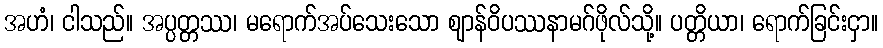
အဟံ၊ ငါသည်။ အပ္ပတ္တဿ၊ မရောက်အပ်သေးသော ဈာန်ဝိပဿနာမဂ်ဖိုလ်သို့။ ပတ္တိယာ၊ ရောက်ခြင်းငှာ။